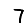
Digit: 7